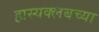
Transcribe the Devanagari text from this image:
हास्यक्लबच्या